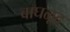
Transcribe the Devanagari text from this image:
वाघळूद